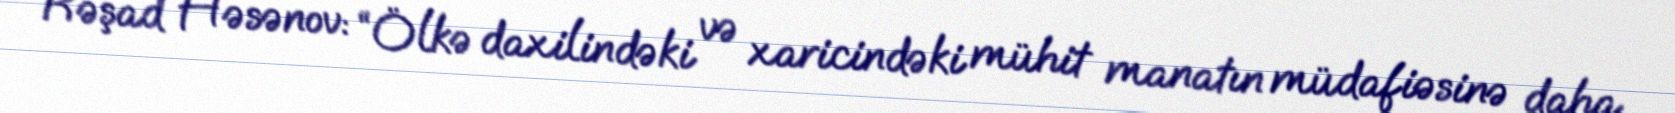
Rəşad Həsənov: “Ölkə daxilindəki və xaricindəki mühit manatın müdafiəsinə daha